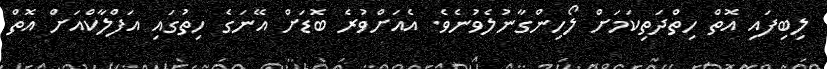
ލިބިފައި އޮތް ހިތްދަތިކަމަށް ލޯހިންގާނުލެވުނެވެ. އެއަށްވުރެ ބޮޑަށް އޭނަގެ ހިތުގައި އަފްލާކްއަށް އޮތް